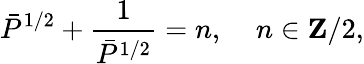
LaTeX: \bar{P}^{1/2}+\frac{1}{\bar{P}^{1/2}}=n,\; \; \; \; n\in\mathbf{Z}/2,